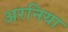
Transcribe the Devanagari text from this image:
अरनिया